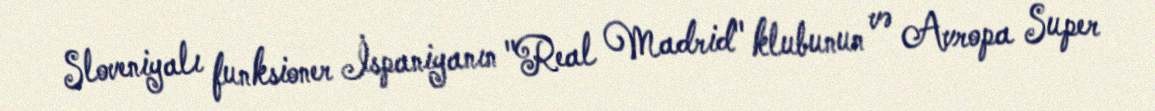
Sloveniyalı funksioner İspaniyanın "Real Madrid" klubunun və Avropa Super